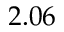
2 . 0 6